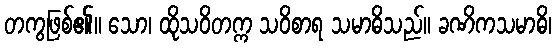
တကွဖြစ်၏။ သော၊ ထိုသဝိတက္က သဝိစာရ သမာဓိသည်။ ခဏိကသမာဓိ၊